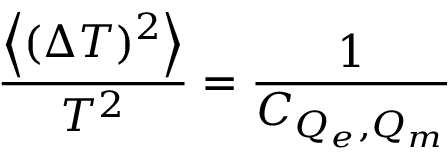
\frac { \left< ( \Delta T ) ^ { 2 } \right> } { T ^ { 2 } } = \frac { 1 } { C _ { Q _ { e } , Q _ { m } } }